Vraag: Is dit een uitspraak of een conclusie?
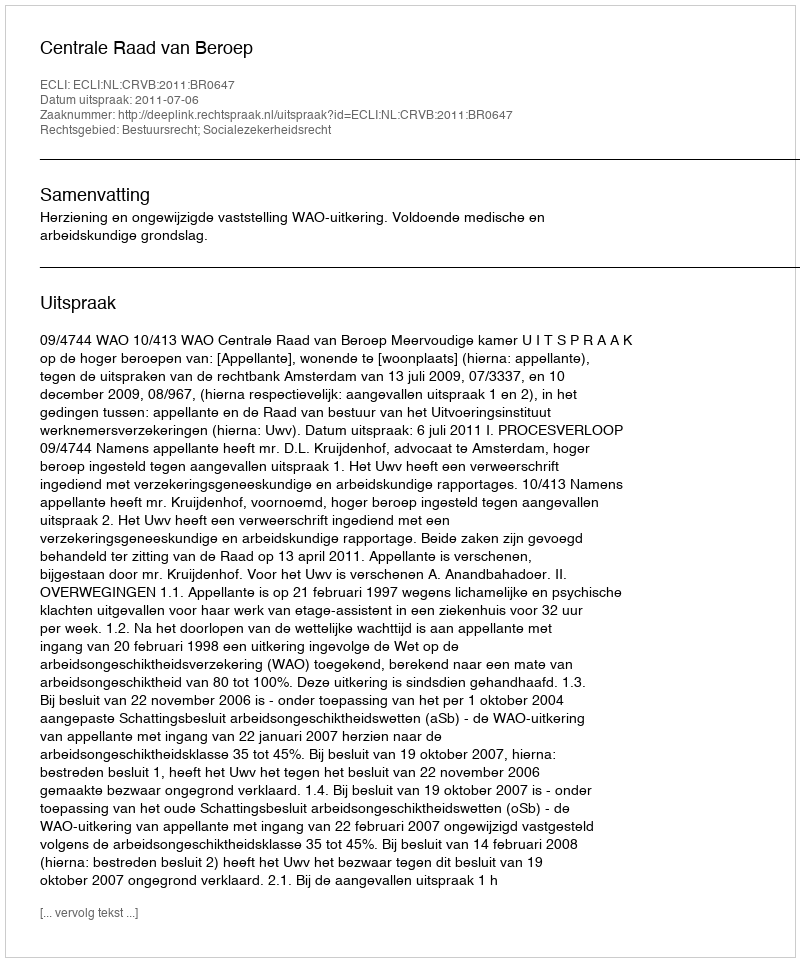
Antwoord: Uitspraak